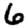
Digit: 6